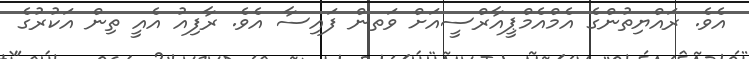
އެވެ. ރައްޔިތުންގެ އެމްއެމްޕީއާރްސީއަށް ވަތން ފައިސާ އެވެ. ރާފިއު އެއީ ތިން އަކުރުގެ